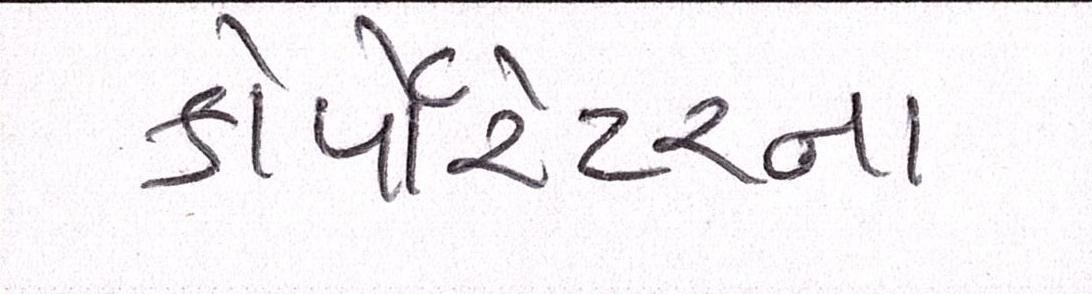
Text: કોર્પેારેટરના